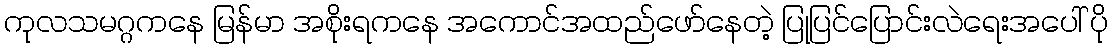
ကုလသမဂ္ဂကနေ မြန်မာ အစိုးရကနေ အကောင်အထည်ဖော်နေတဲ့ ပြုပြင်ပြောင်းလဲရေးအပေါ် ပို